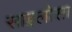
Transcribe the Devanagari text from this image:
साइलोसा